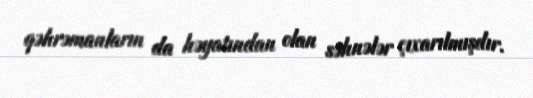
qəhrəmanların da həyatından olan səhnələr çıxarılmışdır.